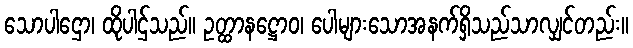
သောပါဌော၊ ထိုပါဌ်သည်။ ဥတ္ထာနဋ္ဌောဝ၊ ပေါများသောအနက်ရှိသည်သာလျှင်တည်း။